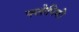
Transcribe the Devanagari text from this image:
फ्लोपियों